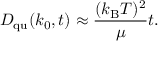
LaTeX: D _ { \mathrm { q u } } ( k _ { 0 } , t ) \approx { \frac { ( k _ { \mathrm { B } } T ) ^ { 2 } } { \mu } } t .